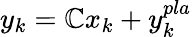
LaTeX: y_{k}=\mathbb{C}x_{k}+y_{k}^{pla}